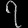
Digit: ၇